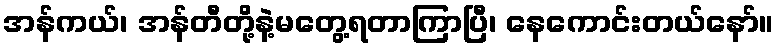
အန်ကယ်၊ အန်တီတို့နဲ့မတွေ့ရတာကြာပြီ၊ နေကောင်းတယ်နော်။